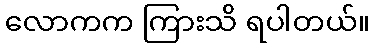
လောကက ကြားသိ ရပါတယ်။